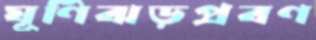
ঘূর্ণিঝড়প্রবণ